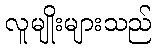
လူမျိုးများသည်